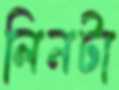
লিনটা